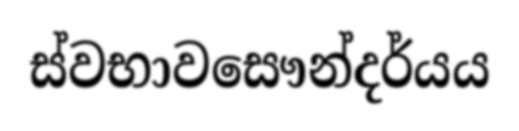
ස්වභාවසෞන්දර්යය